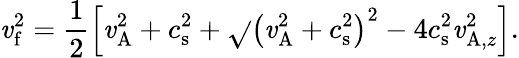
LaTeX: \mathit{v}_{\mathrm{{f}}}^{2}=\frac{{1}}{{2}}\left[\mathit{v}_{\mathrm{{A}}}^{2}+c_{\mathrm{{s}}}^{2}+\sqrt{}{{\left(\mathit{v}_{\mathrm{{A}}}^{2}+c_{\mathrm{{s}}}^{2}\right)^{2}-4c_{\mathrm{{s}}}^{2}\mathit{v}_{\mathrm{{A}},z}^{2}}}\right].